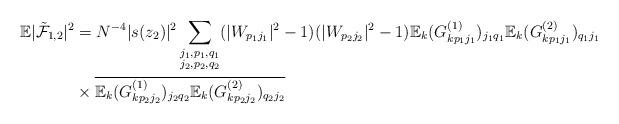
LaTeX: \begin{align*}\mathbb{E}|\tilde{\mathcal{F}}_{1,2}|^{2} &= N^{-4}|s(z_{2})|^{2}\sum_{\substack{j_1,p_1,q_1\\j_2,p_2,q_2}}(|W_{p_1j_1}|^{2}-1)(|W_{p_2j_2}|^{2}-1)\mathbb{E}_{k}(G^{(1)}_{kp_1j_1})_{j_1q_1}\mathbb{E}_{k}(G^{(2)}_{kp_1j_1})_{q_1j_1}\\&\times \overline{\mathbb{E}_{k}(G^{(1)}_{kp_2j_2})_{j_2q_2}\mathbb{E}_{k}(G^{(2)}_{kp_2j_2})_{q_2j_2}}\end{align*}